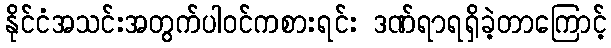
နိုင်ငံအသင်းအတွက်ပါဝင်ကစားရင်း ဒဏ်ရာရရှိခဲ့တာကြောင့်